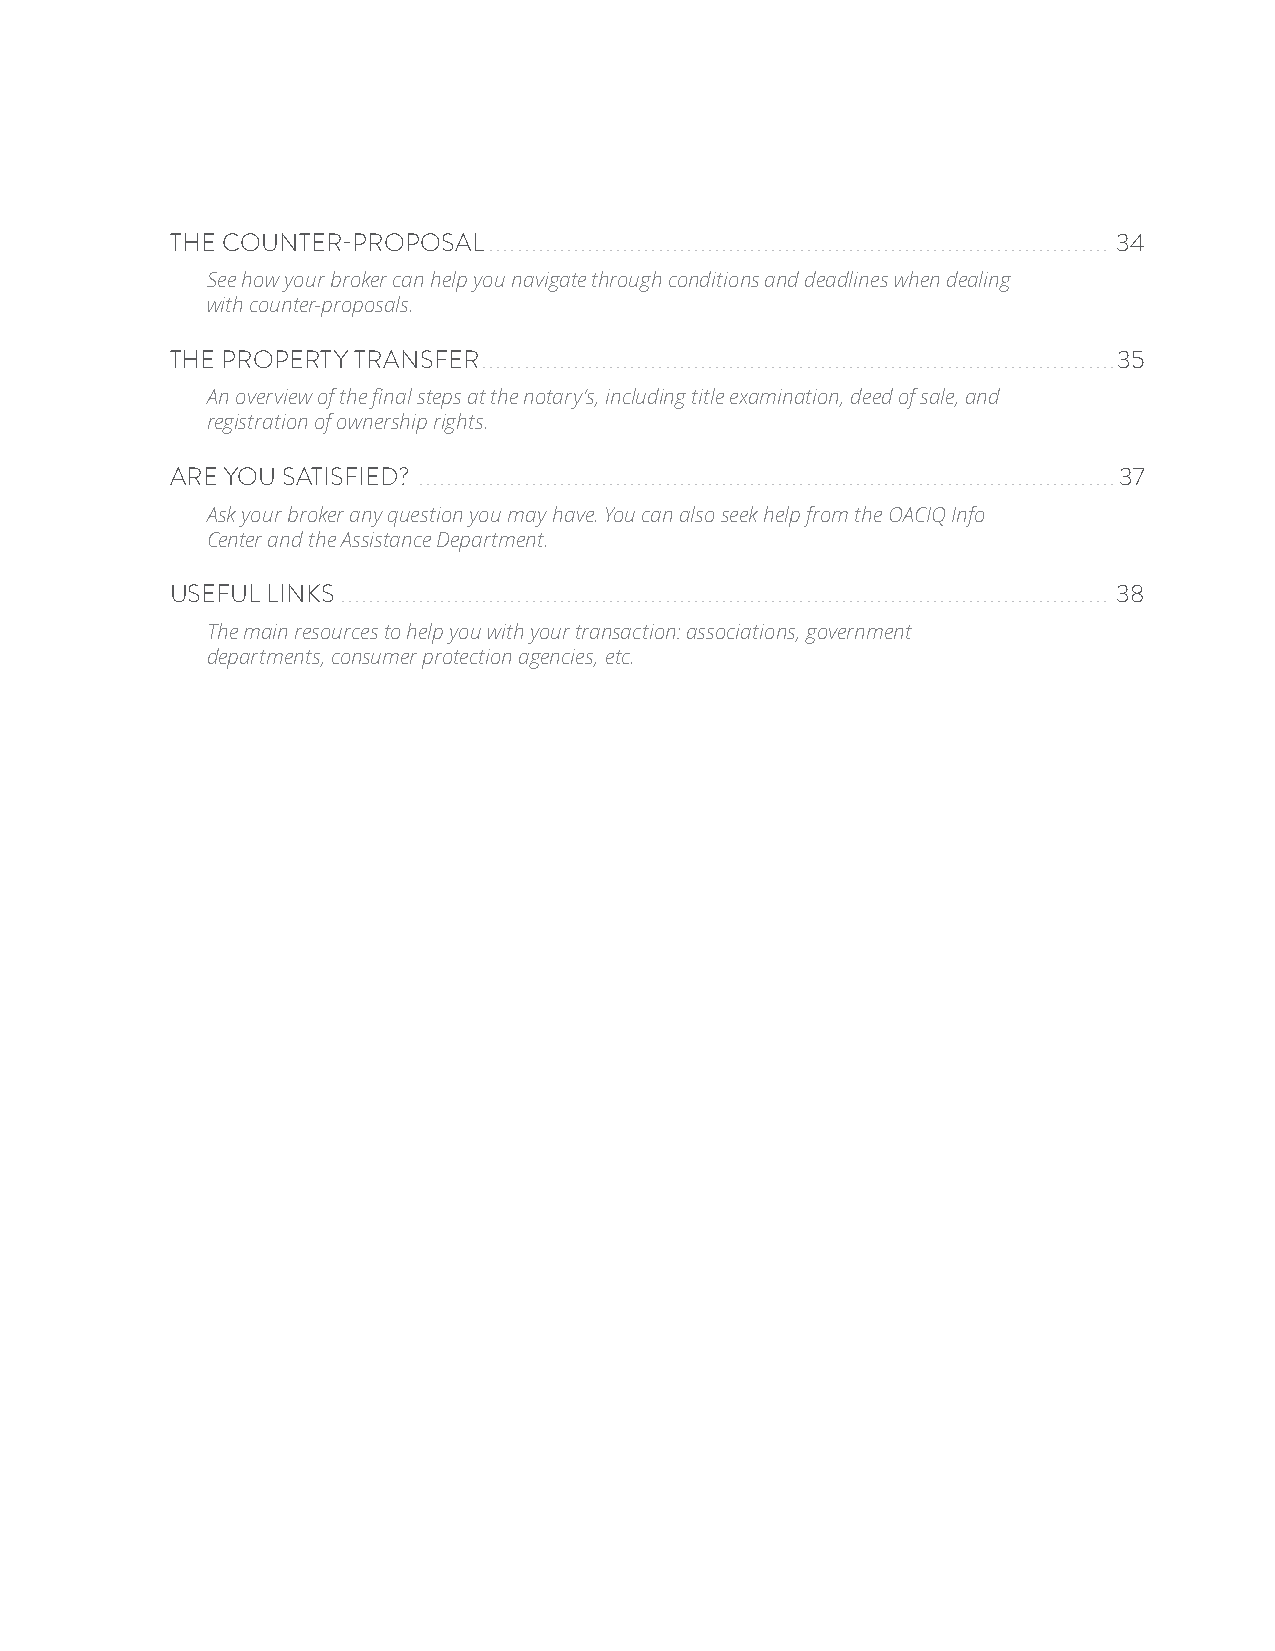
THE COUNTER-PROPOSAL ........................................................................................ 34
 See how your broker can help you navigate through conditions and deadlines when dealing
 with counter-proposals.
 THE PROPERTY TRANSFER. ......................................................................................... 35
 An overview of the final steps at the notary’s, including title examination, deed of sale, and
 registration of ownership rights.
 ARE YOU SATISFIED? ................................................................................................... 37
 Ask your broker any question you may have. You can also seek help from the OACIQ Info
 Center and the Assistance Department.
 USEFUL LINKS ............................................................................................................. 38
 The main resources to help you with your transaction: associations, government
 departments, consumer protection agencies, etc.